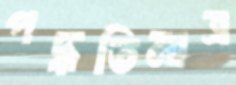
পদ্ধতিমাত্র